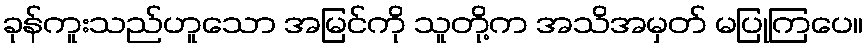
ခုန်ကူးသည်ဟူသော အမြင်ကို သူတို့က အသိအမှတ် မပြုကြပေ။